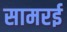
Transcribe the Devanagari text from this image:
सामरई